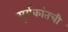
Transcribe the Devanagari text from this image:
सूर्यकांतची